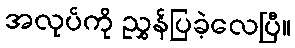
အလုပ်ကို ညွှန်ပြခဲ့လေပြီ။